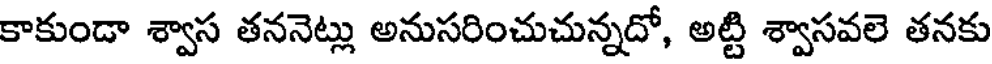
కాకుండా శ్వాస తననెట్లు అనుసరించుచున్నదో, అట్టి శ్వాసవలె తనకు